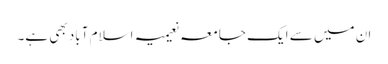
ان میں سے ایک جامعہ نعیمیہ اسلام آباد بھی ہے۔